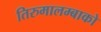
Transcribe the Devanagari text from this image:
तिरुमालम्बाको